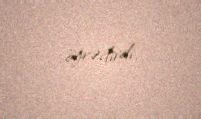
öyrədirdi.